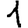
Digit: 1